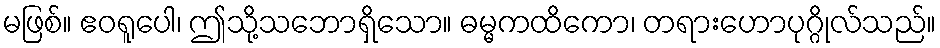
မဖြစ်။ ဧဝရူပေါ၊ ဤသို့သဘောရှိသော။ ဓမ္မကထိကော၊ တရားဟောပုဂ္ဂိုလ်သည်။